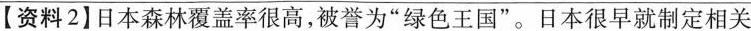
【资料2】日本森林覆盖率很高，被誉为”绿色王国”。日本很早就制定相关